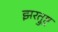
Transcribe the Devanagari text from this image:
झरत्रुष्ट्र